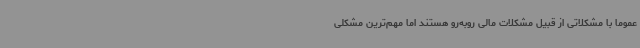
عموماً با مشکلاتی از قبیل مشکلات مالی روبه‌رو هستند اما مهم‌ترین مشکلی